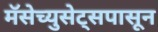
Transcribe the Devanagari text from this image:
मॅसेच्युसेट्सपासून